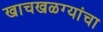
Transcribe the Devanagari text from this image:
खाचखळग्यांचा